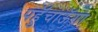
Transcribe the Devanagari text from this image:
पहुॅचाऊॅगा